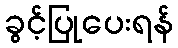
ခွင့်ပြုပေးရန်